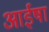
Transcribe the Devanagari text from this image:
आईषा